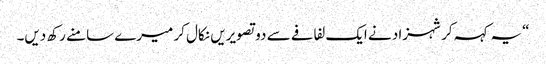
“یہ کہہ کر شہزاد نے ایک لفافے سے دو تصویریں نکال کر میرے سامنے رکھ دیں۔